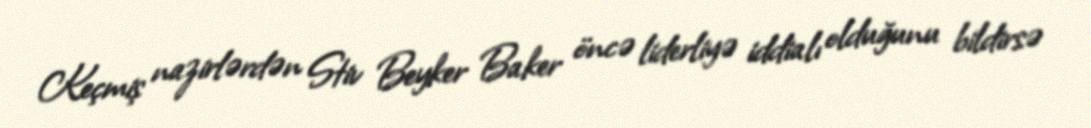
Keçmiş nazirlərdən Stiv Beyker Baker öncə liderliyə iddialı olduğunu bildirsə